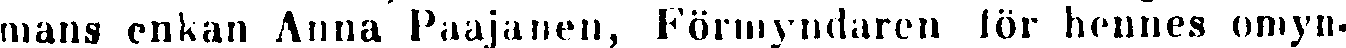
mans enkan Anna Paajanen, Förmyndaren för hennes omyn-